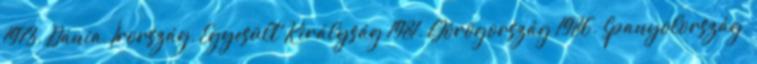
1973. Dánia, Írország, Egyesült Királyság 1981. Görögország 1986. Spanyolország,